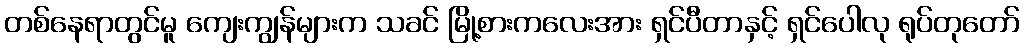
တစ်နေရာတွင်မူ ကျေးကျွန်များက သခင် မြို့စားကလေးအား ရှင်ပီတာနှင့် ရှင်ပေါလု ရုပ်တုတော်